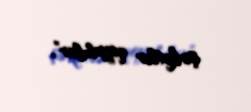
şirkətlər qoydular”.